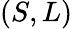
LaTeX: (S,L)